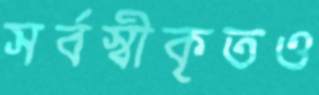
সর্বস্বীকৃতও